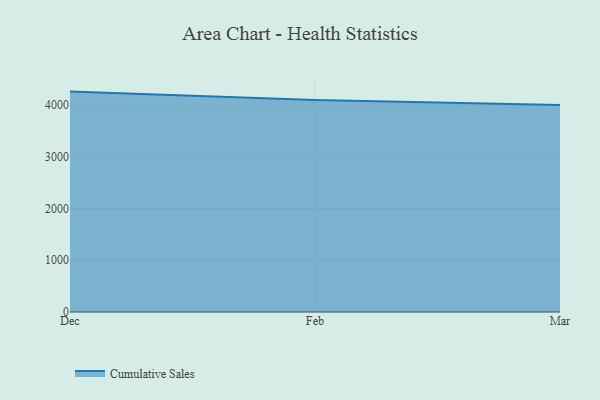
{"axis": {"x": "Month", "y": "Energy Usage (MWh)"}, "legend": ["Cumulative Sales"], "data": [{"x": "Dec", "y": 4259.7, "type": "Cumulative Sales"}, {"x": "Feb", "y": 4099.7, "type": "Cumulative Sales"}, {"x": "Mar", "y": 4002.5, "type": "Cumulative Sales"}]}